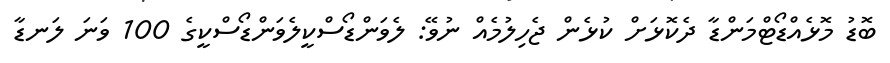
ބޮޑު މޮޅެއްޑޯޓްމަންޑާ ދެކޮޅަށް ކުޅެން ޖެހިލުމެއް ނުވޭ: ލެވަންޑޯސްކީލެވަންޑޯސްކީގެ 100 ވަނަ ލަނޑާ